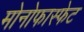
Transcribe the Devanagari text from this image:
मोनोफास्फेट